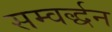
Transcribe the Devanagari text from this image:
सम्वर्द्धन